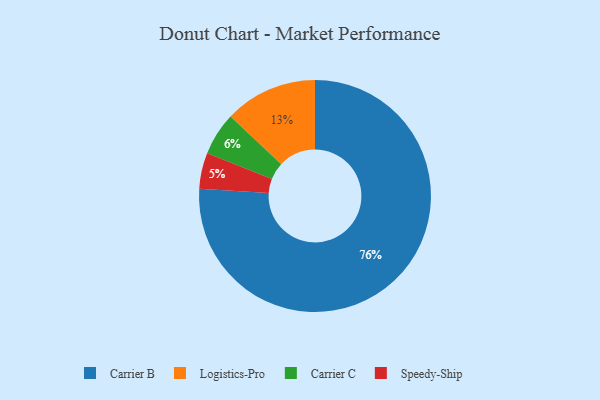
{"axis": {"x": "Category", "y": "Percentage"}, "legend": ["Carrier B", "Carrier C", "Logistics-Pro", "Speedy-Ship"], "data": [{"x": "Speedy-Ship", "y": 5, "type": "Speedy-Ship"}, {"x": "Carrier B", "y": 76, "type": "Carrier B"}, {"x": "Carrier C", "y": 6, "type": "Carrier C"}, {"x": "Logistics-Pro", "y": 13, "type": "Logistics-Pro"}]}